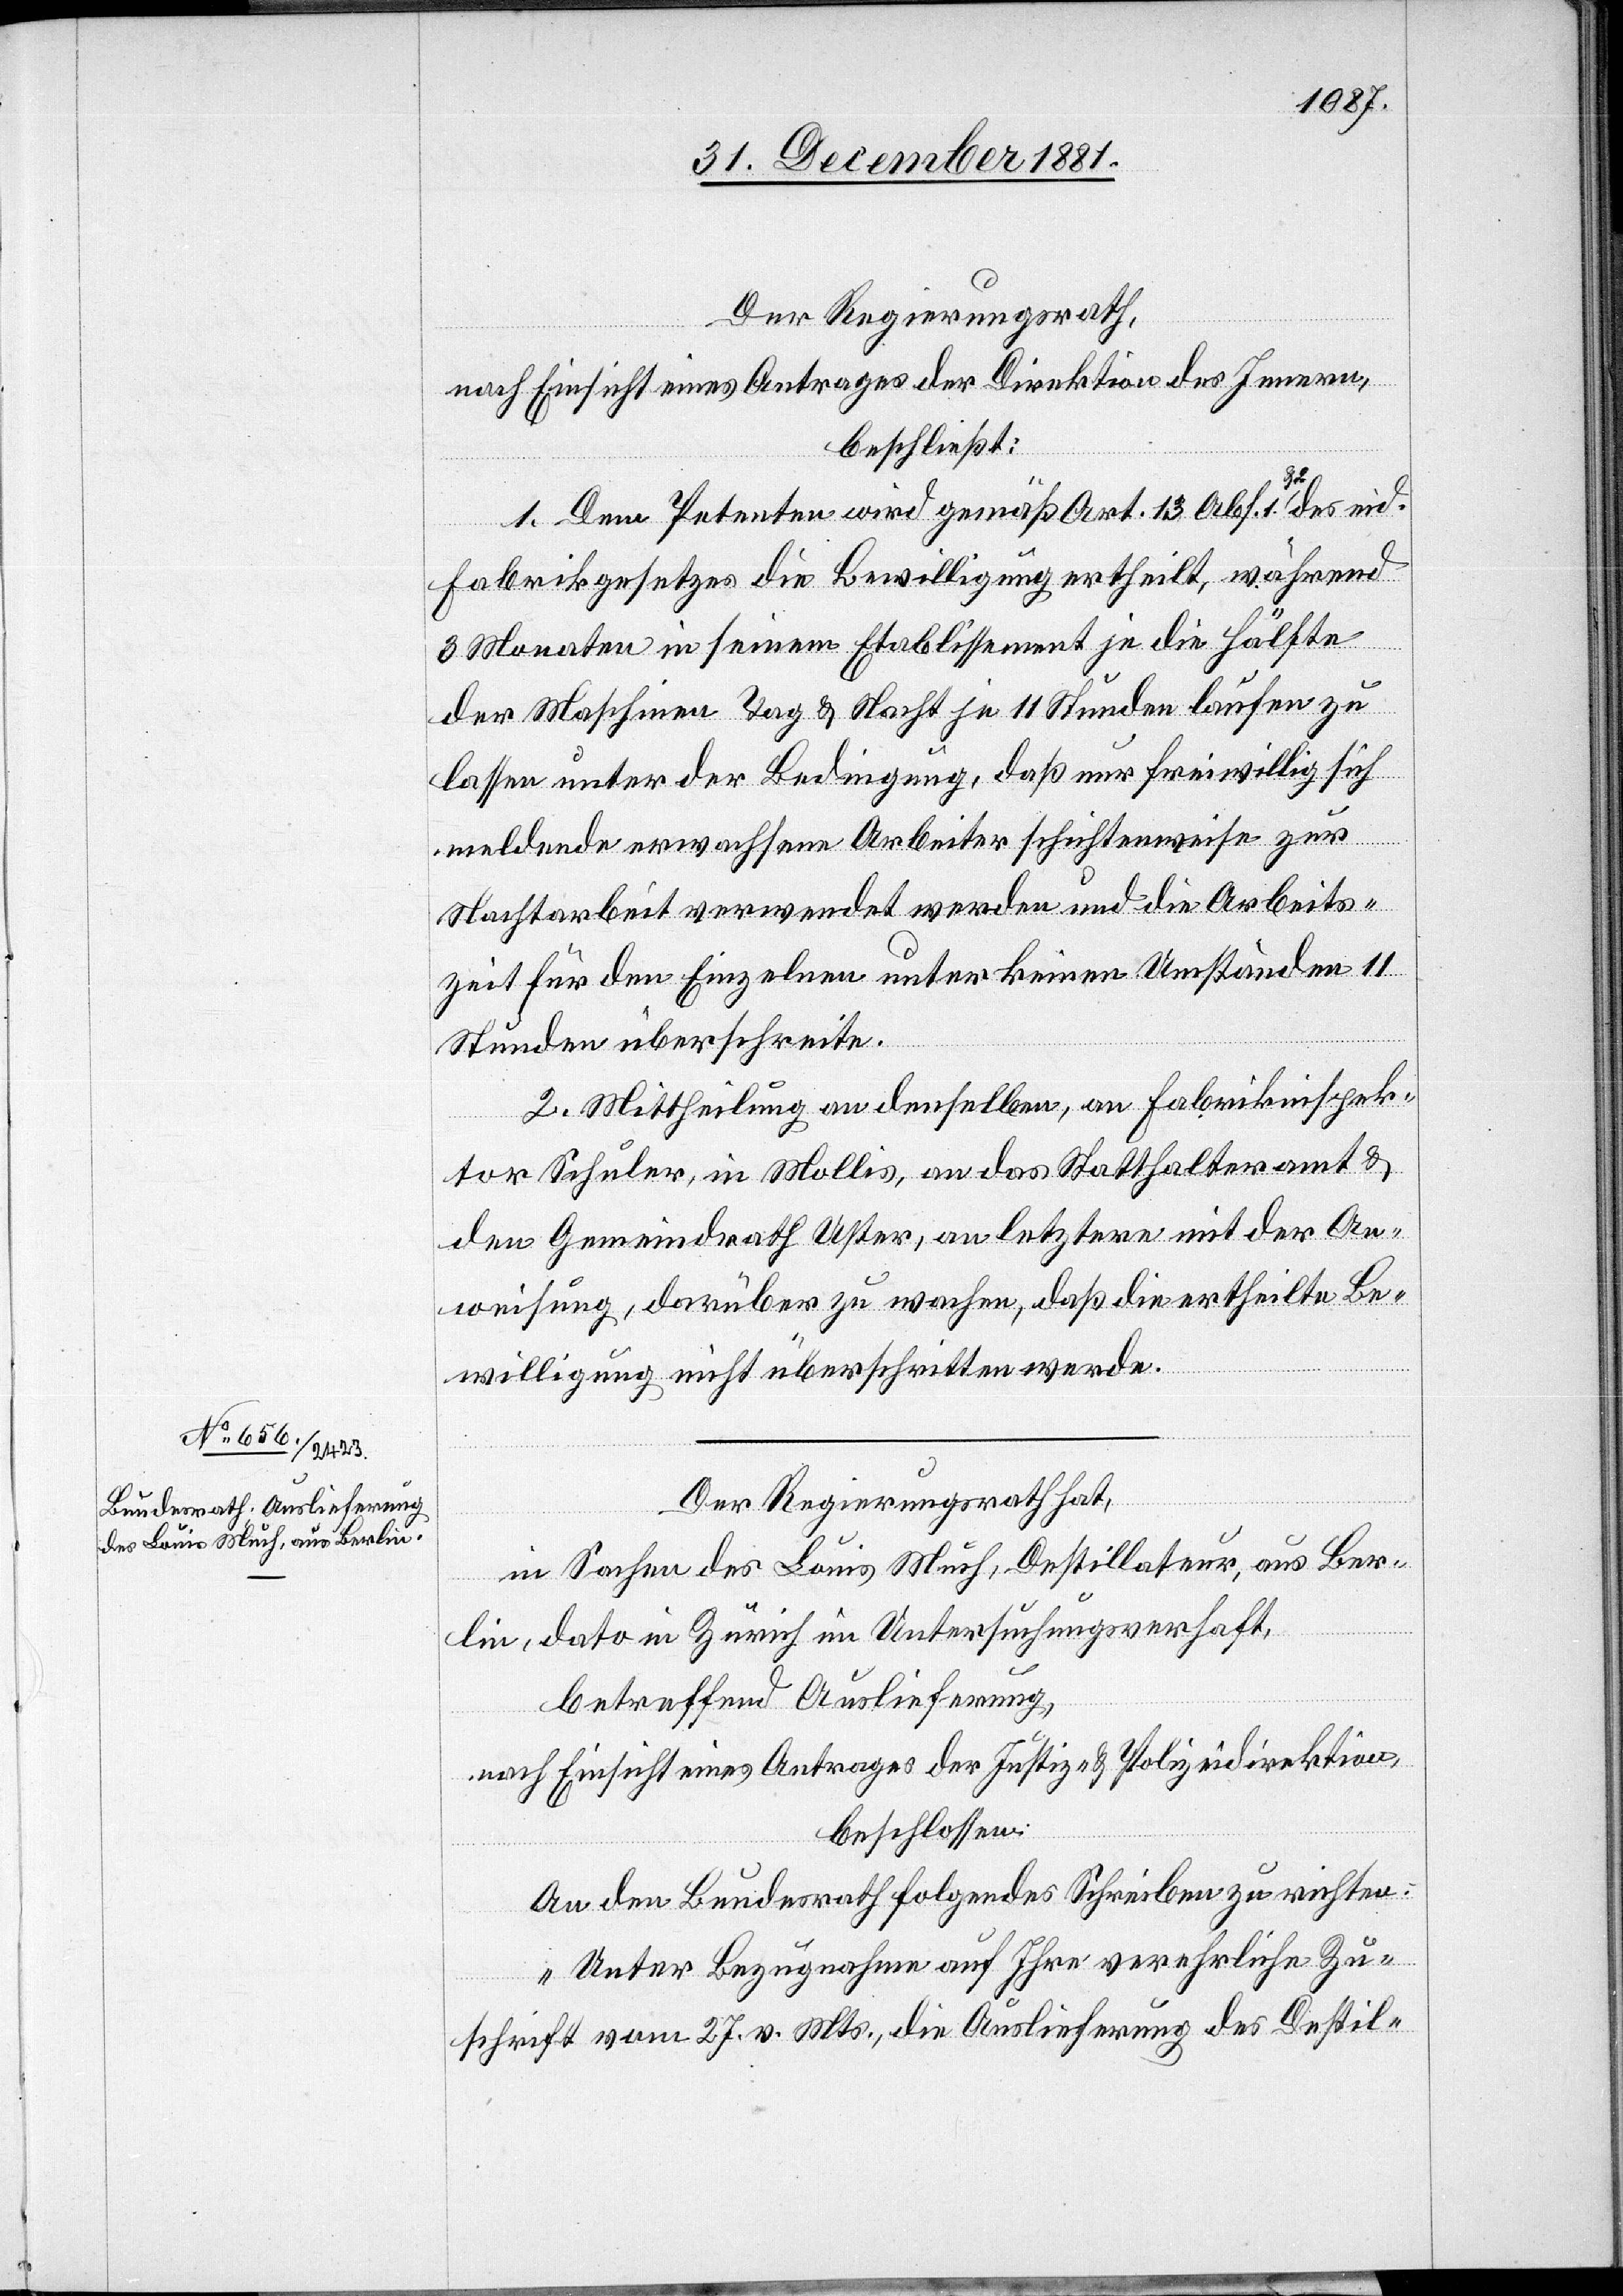
Der Regierungsrath,
nach Einsicht eines Antrages der Direktion des Innern,
beschließt:
1. Dem Petenten wird gemäß Art. 13 Abs. 1 & 2 des eid.
3.
Fabrikgesetzes die Bewilligung ertheilt, während
Januar
3 Monaten in seinem Etablissement je die Hälfte
der Maschinen Tag & Nacht je 11 Stunden laufen zu
lassen unter der Bedingung, daß nur freiwillig sich
meldende erwachsene Arbeiter schichtweise zur
Nachtarbeit verwendet werden und die Arbeits¬
zeit für den Einzelnen unter keinen Umständen 11
Stunden überschreite.
2. Mittheilung an denselben, an Fabrikinspek¬
tor Schuler in Mollis, an das Statthalteramt &
den Gemeindrath Uster, an letztere mit der An¬
weisung, darüber zu wachen, daß die ertheilte Be¬
willigung nicht überschritten werde.
Der Regierungsrath hat,
in Sachen des Louis Much, Destillateur, aus Ber¬
lin, dato in Zürich in Untersuchungsverhaft,
betreffend Auslieferung,
nach Einsicht eines Antrages der Justiz- & Polizeidirektion,
beschlossen:
An den Bundesrath folgendes Schreiben zu richten:
„Unter Bezugnahme auf Ihre verehrliche Zu¬
schrift vom 27. v. Mts., die Auslieferung des Destil-